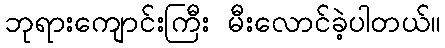
ဘုရားကျောင်းကြီး မီးလောင်ခဲ့ပါတယ်။